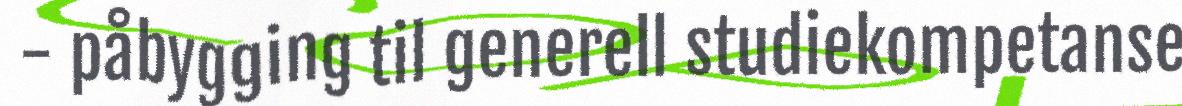
- påbygging til generell studiekompetanse